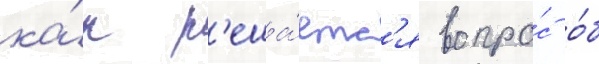
ка́к р'еша́етс'я вопро́с о́б